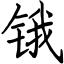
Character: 锇